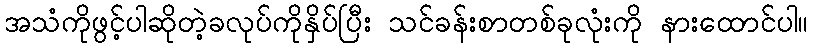
အသံကိုဖွင့်ပါဆိုတဲ့ခလုပ်ကိုနှိပ်ပြီး သင်ခန်းစာတစ်ခုလုံးကို နားထောင်ပါ။